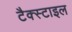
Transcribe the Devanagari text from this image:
टैक्स्टाइल